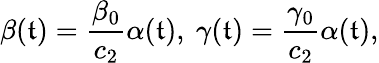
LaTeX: \beta(\mathfrak{t})=\frac{{\beta_{0}}}{{c_{2}}}\alpha(\mathfrak{t}),\ \gamma(\mathfrak{t})=\frac{{\gamma_{0}}}{{c_{2}}}\alpha(\mathfrak{t}),